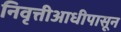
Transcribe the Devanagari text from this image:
निवृत्तीआधीपासून